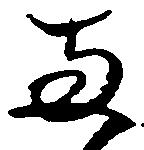
両